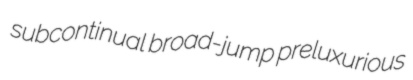
subcontinual broad-jump preluxurious